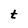
Character: t